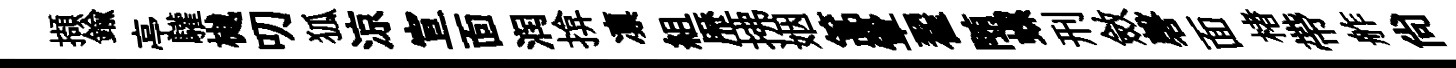
擷鍮亭驩樾叨狐涼宣靣润揜凛組歴拂姻篙翬翟随螺刑斂磬面楮帶舴尚